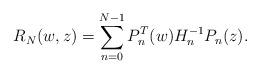
LaTeX: \begin{align*} R_N(w,z) = \sum_{n=0}^{N-1} P_n^T(w) H_n^{-1} P_n(z). \end{align*}